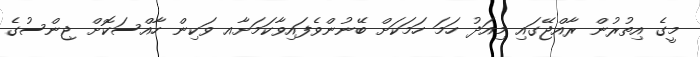
މީގެ އިތުރުން ރާއްޖޭގައި މިއަދު ހަމަ ހަމަކަށް ބޭނުންވެފައިވާކަމަށާއ ވަކިން ހާއްސަކޮށް ޖިންސުގެ